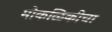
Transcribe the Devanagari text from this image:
मोकळिकीचा